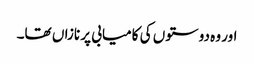
اور وہ دوستوں کی کامیابی پر نازاں تھا۔